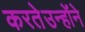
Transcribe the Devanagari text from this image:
करतेउन्होंने